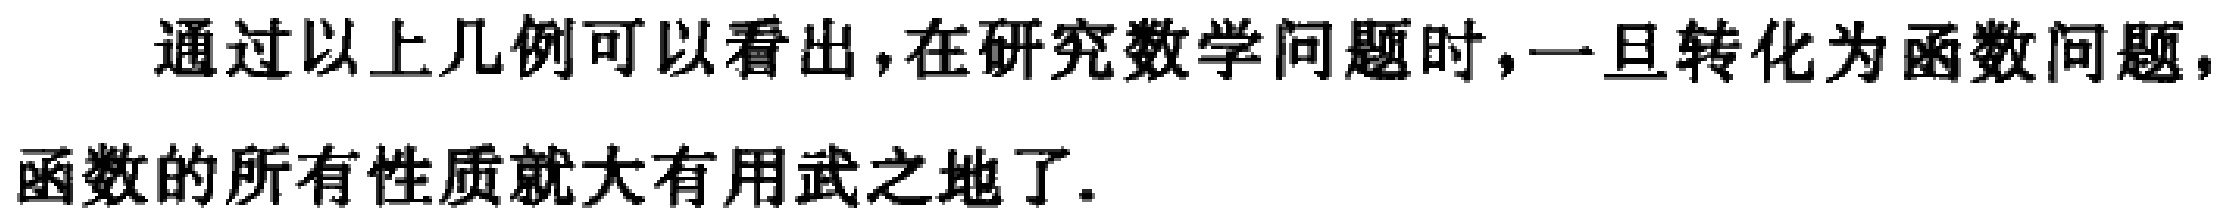
通过以上几例可以看出，在研究数学问题时，一旦转化为函数问题，函数的所有性质就大有用武之地了.